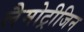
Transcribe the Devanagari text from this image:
लैमोट्रीजिन